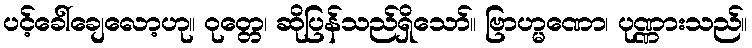
ပင့်ခေါ်ချေလော့ဟု။ ဝုတ္တေ၊ ဆိုပြန်သည်ရှိသော်။ ဗြာဟ္မဏော၊ ပုဏ္ဏားသည်။